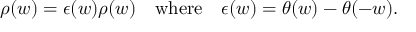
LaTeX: \rho ( w ) = \epsilon ( w ) \rho ( w ) \quad \mathrm { w h e r e } \quad \epsilon ( w ) = \theta ( w ) - \theta ( - w ) .